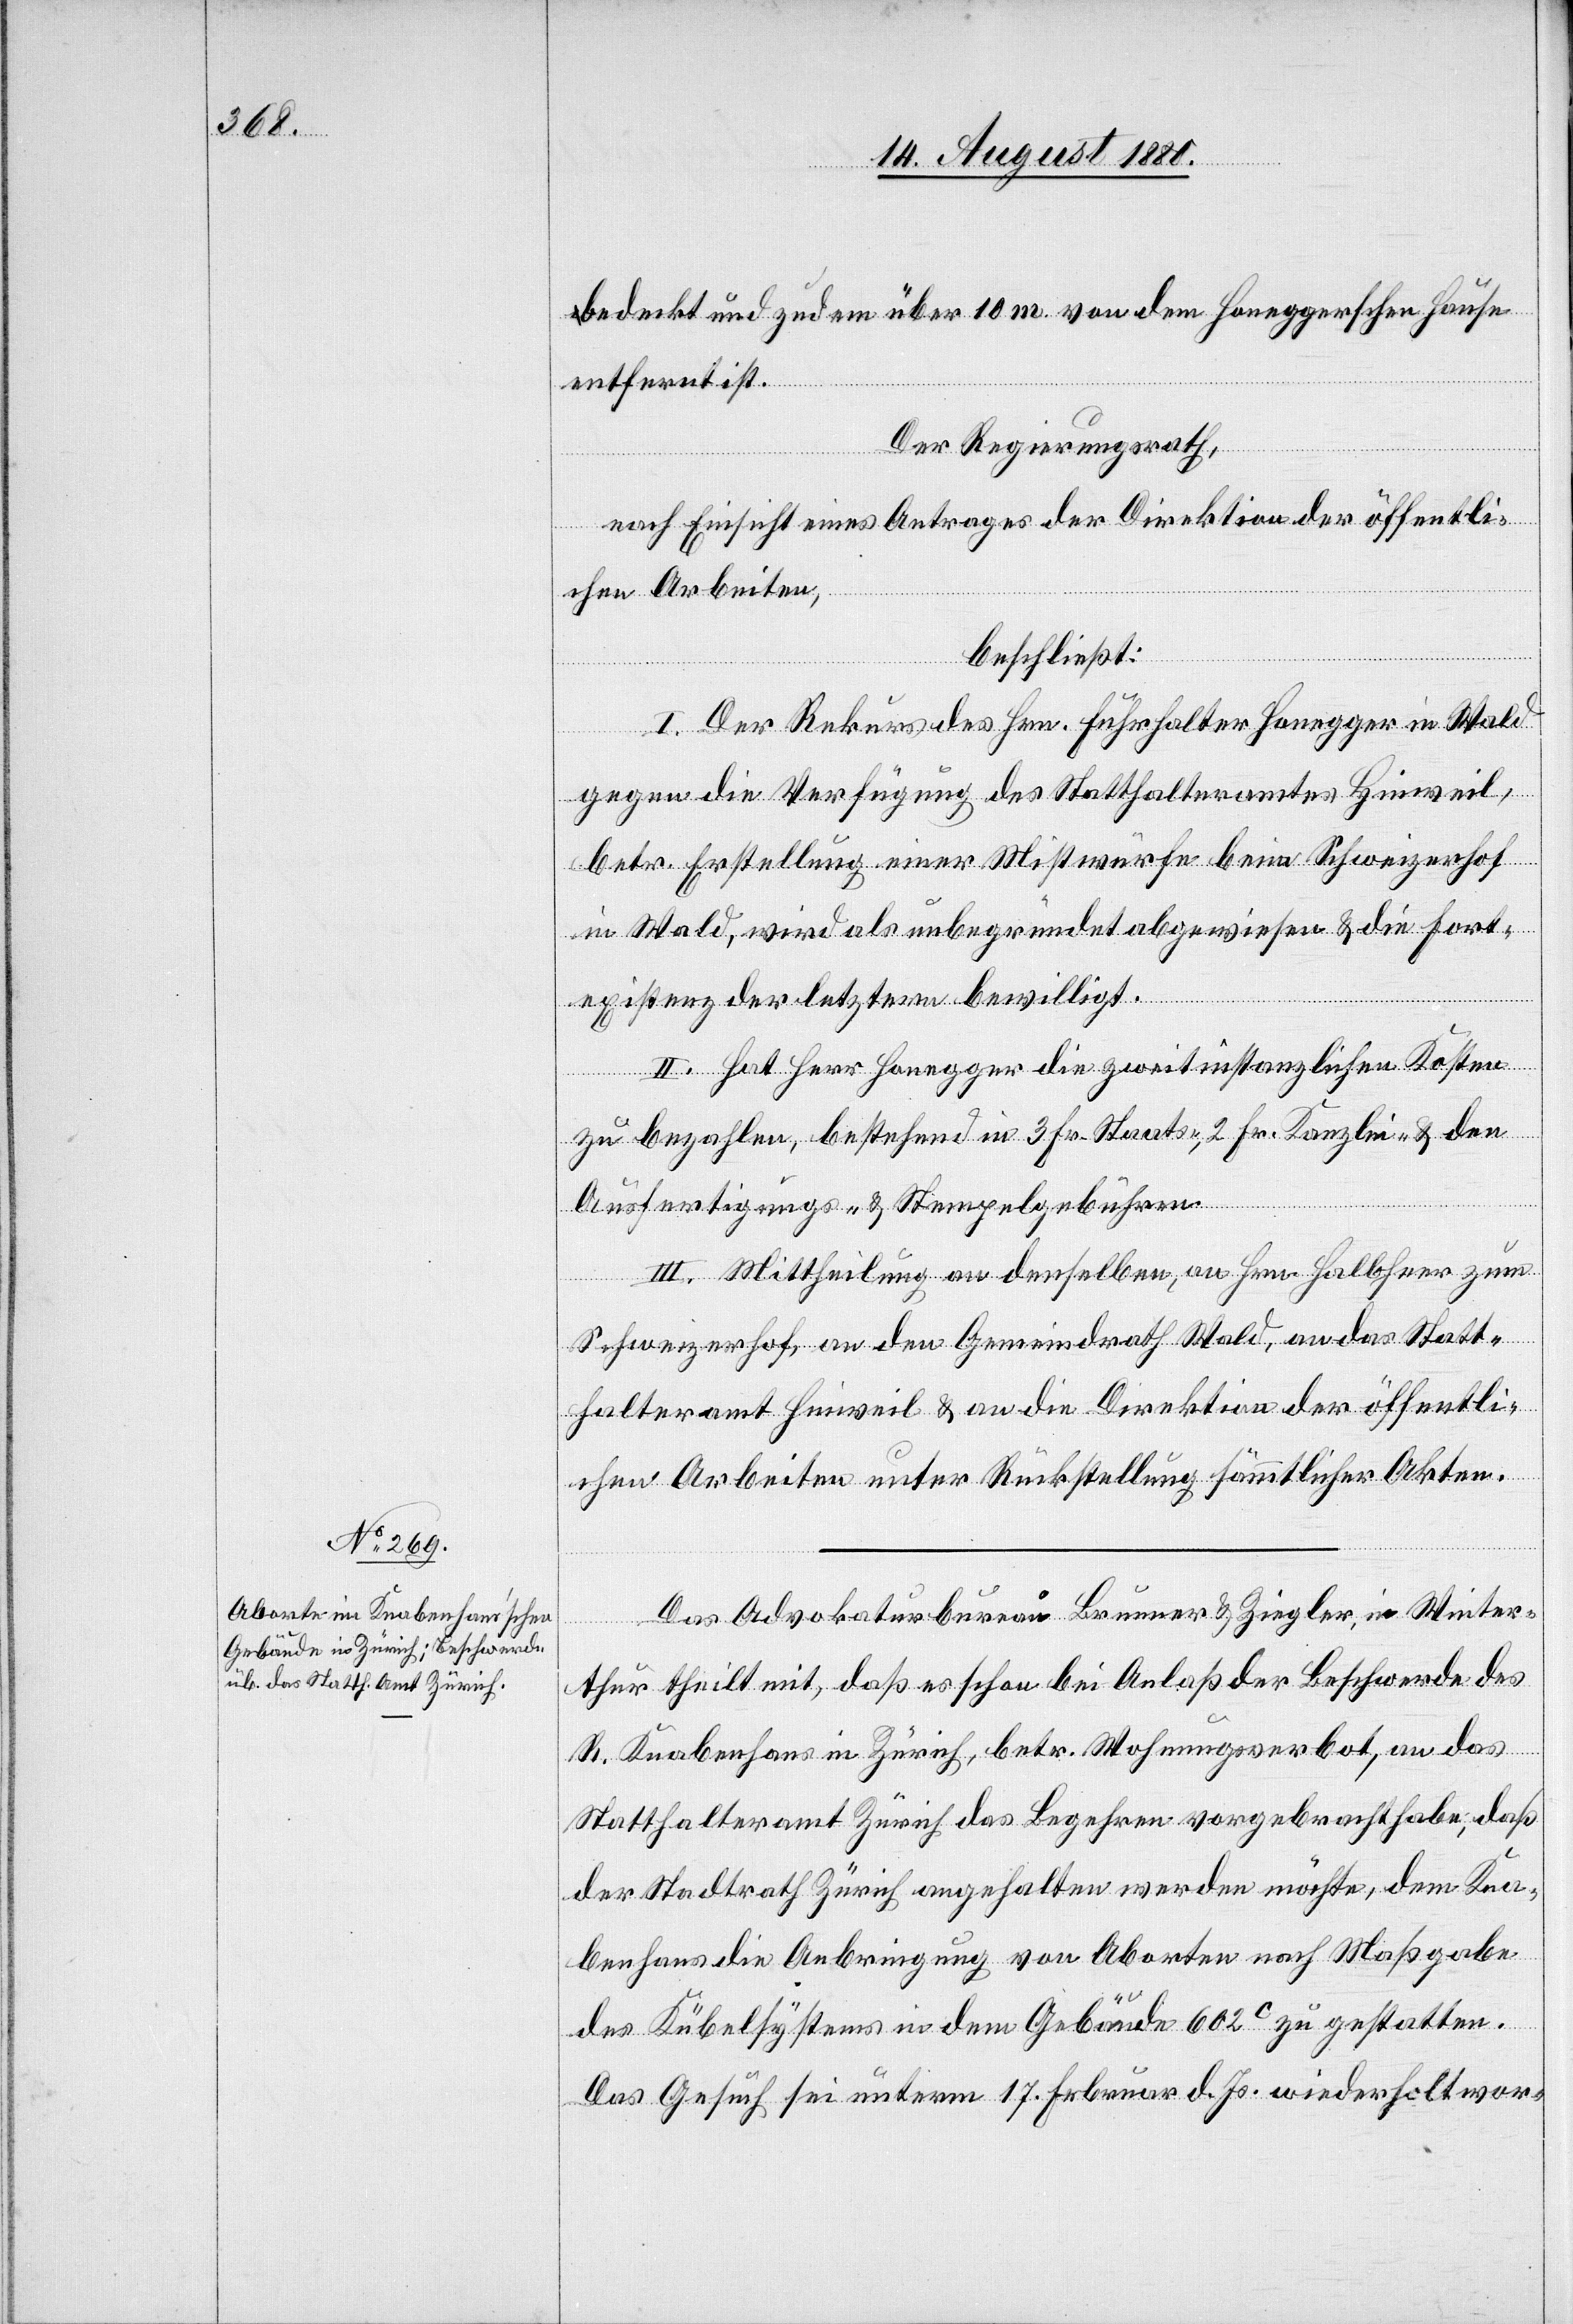
bedeckt und zudem über 10 m von dem Honeggerschen Hause
entfernt ist.
Der Regierungsrath,
nach Einsicht eines Antrages der Direktion der öffentli¬
chen Arbeiten,
beschließt:
I. Der Rekurs des Hrn. Führhalter Honegger in Wald
gegen die Verfügung des Statthalteramtes Hinweil,
betr. Erstellung einer Mistwürfe beim Schweizerhof
in Wald, wird als unbegründet abgewiesen & die Fort¬
existenz der letztern bewilligt.
II. hat Herr Honegger die zweitinstanzlichen Kosten
zu bezahlen, bestehen in 3 Fr. Staats-, 2 Fr. Kanzlei- & den
Ausfertigungs- & Stempelgebühren.
III. Mittheilung an denselben, an Hrn. Halbherr zum
Schweizerhof, an den Gemeindrath Wald, an das Statt¬
halteramt Hinweil & an die Direktion der öffentli¬
chen Arbeiten unter Rückstellung sämmtlicher Akten.
Das Advokaturbureau Brunner & Ziegler, in Winter¬
thur theilt mit, daß es schon bei Anlaß der Beschwerde des
R. Knabenhaus in Zürich, betr. Wohnungsverbot, an das
Statthalteramt Zürich das Begehren vorgebracht habe; daß
der Stadtrath Zürich angehalten werden möchte, dem Kna¬
benhaus die Anbringung von Aborten nach Maßgabe
des Kübelsystems in dem Gebäude 602c zu gestatten.
Das Gesuch sei unterm 17. Februar d. Js. wiederholt wor-